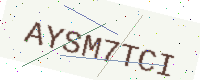
Text: AYSM7TCI